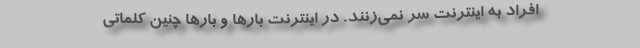
افراد به اینترنت سر نمی‌زنند. در اینترنت بارها و بارها چنین کلماتی